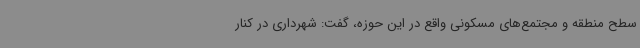
سطح منطقه و مجتمع‌های مسکونی واقع در این حوزه، گفت: شهرداری در کنار